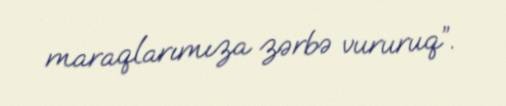
maraqlarımıza zərbə vururuq”.